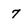
Character: 7